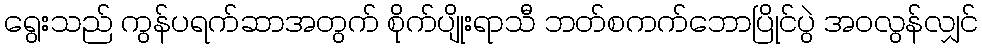
ရွေးသည် ကွန်ပရက်ဆာအတွက် စိုက်ပျိုးရာသီ ဘတ်စကက်ဘောပြိုင်ပွဲ အဝလွန်လျှင်